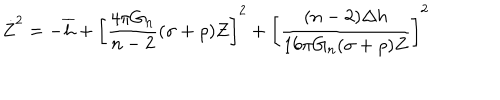
\dot { Z } ^ { 2 } = - \overline { { { h } } } + \left[ \frac { 4 \pi G _ { n } } { n - 2 } ( \sigma + \rho ) Z \right] ^ { 2 } + \left[ \frac { ( n - 2 ) \Delta h } { 1 6 \pi G _ { n } ( \sigma + \rho ) Z } \right] ^ { 2 }